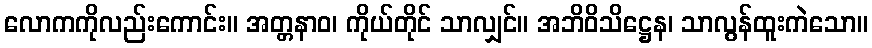
လောကကိုလည်းကောင်း။ အတ္တနာဝ၊ ကိုယ်တိုင် သာလျှင်။ အဘိဝိသိဋ္ဌေန၊ သာလွန်ထူးကဲသော။